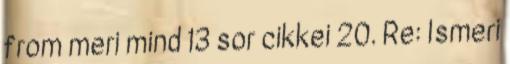
from meri mind 13 sor cikkei 20. Re: Ismeri